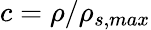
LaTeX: c=\rho/\rho_{s,max}